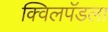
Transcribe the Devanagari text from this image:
क्विलपॅडला